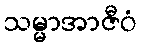
သမ္မာအာဇီဝံ